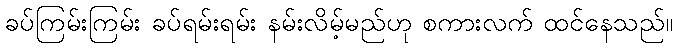
ခပ်ကြမ်းကြမ်း ခပ်ရမ်းရမ်း နမ်းလိမ့်မည်ဟု စကားလက် ထင်နေသည်။